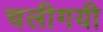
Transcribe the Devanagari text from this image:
चलीगयी